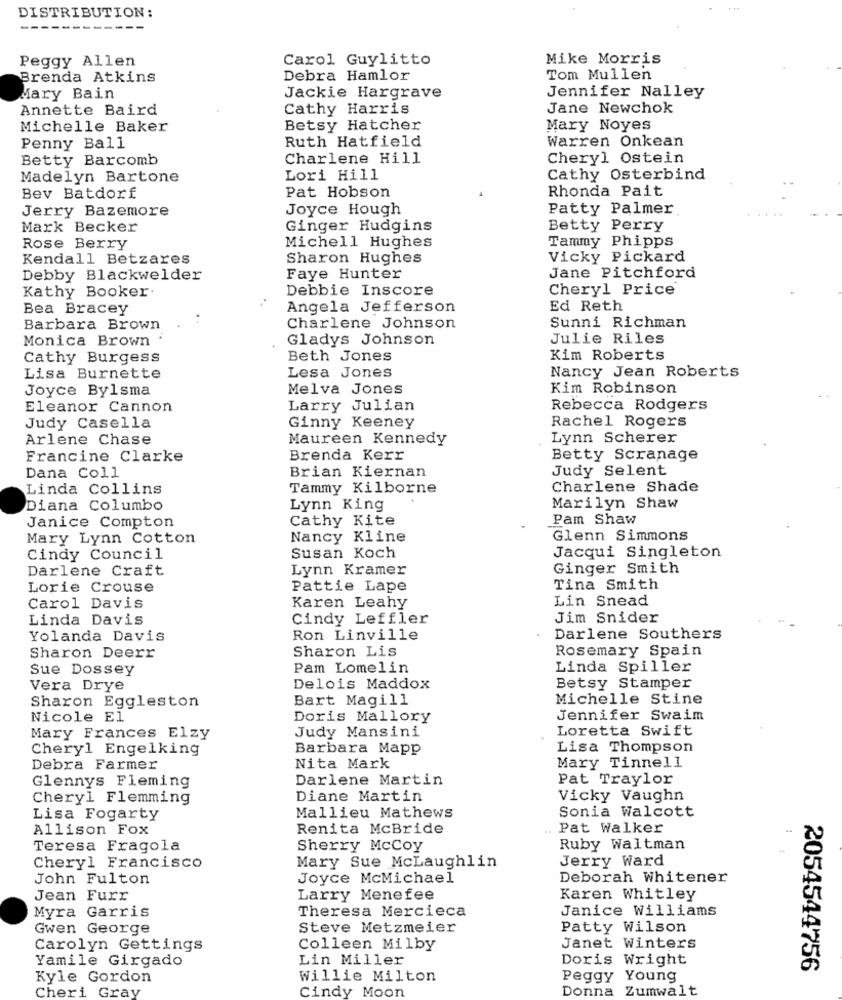
DISTRIBUTION:
-------
Peggy Allen
Carol Guylitto
Mike Morris
Brenda Atkins
Debra Hamlor
Tom Mullen
Jennifer Nalley
Mary Bain
Jackie Hargrave
Annette Baird
Cathy Harris
Jane Newchok
Michelle Baker
Betsy Hatcher
Mary Noyes
Ruth Hatfield
Penny Ball
Warren Onkean
Betty Barcomb
Charlene Hill
Cheryl Ostein
Madelyn Bartone
Lori Hill
Cathy Osterbind
Pat Hobson
Rhonda Pait
Bev Batdorf
Jerry Bazemore
Joyce Hough
Patty Palmer.
Mark Becker
Ginger Hudgins
Betty Perry
Michell Hughes
Tammy Phipps
Rose Berry
Kendall Betzares
Sharon Hughes
Vicky Pickard
Jane Pitchford
Debby Blackwelder
Faye Hunter
Kathy Booker.
Debbie Inscore
Cheryl Price
Bea Bracey
Angela Jefferson
Ed Reth
..
Barbara Brown
Charlene Johnson
Sunni Richman
Monica Brown
Gladys Johnson
Julie Riles
Cathy Burgess
Beth Jones
Kim Roberts
Lesa Jones
Nancy Jean Roberts
Lisa Burnette
Joyce Bylsma
Melva Jones
Kim Robinson
Eleanor Cannon
Larry Julian
Rebecca Rodgers
Rachel Rogers
Judy Casella
Ginny Keeney
Arlene Chase
Maureen Kennedy
Lynn Scherer
Francine Clarke
Brenda Kerr
Betty Scranage
Brian Kiernan
Judy Selent
Dana Coll
Linda Collins
Tammy Kilborne
Charlene Shade
Diana Columbo
Lynn King
Marilyn Shaw
Cathy Kite
Pam Shaw
Janice Compton
Mary Lynn Cotton
Nancy Kline
Glenn Simmons
Cindy Council
Susan Koch
Jacqui Singleton
Darlene Craft
Lynn Kramer
Ginger Smith
Lorie Crouse
Pattie Lape
Tina Smith
Lin Snead
Carol Davis
Karen Leahy
Linda Davis
Cindy Leffler
Jim Snider
Yolanda Davis
Ron Linville
Darlene Southers
Sharon Lis
Rosemary Spain
Sharon Deerr
Sue Dossey
Pam Lomelin
Linda Spiller
Vera Drye
Delois Maddox
Betsy Stamper
Sharon Eggleston
Bart Magill
Michelle Stine
Nicole El
Doris Mallory
Jennifer Swaim
Judy Mansini
Loretta Swift
Mary Frances Elzy
Cheryl Engelking
Barbara Mapp
Lisa Thompson
Mary Tinnell
Debra Farmer
Nita Mark
Glennys Fleming
Darlene Martin
Pat Traylor
Cheryl Flemming
Diane Martin
Vicky Vaughn
Sonia Walcott
Lisa Fogarty
Mallieu Mathews
Allison Fox
Renita McBride
Pat Walker
Teresa Fragola
Sherry McCoy
Ruby Waltman
Jerry Ward
Cheryl Francisco
Mary Sue McLaughlin
John Fulton
Joyce McMichael
Deborah Whitener
Jean Furr
Larry Menefee
Karen Whitley
Myra Garris
Theresa Mercieca
Janice Williams
Gwen George
Steve Metzmeier
Patty Wilson
Carolyn Gettings
Colleen Milby
Janet Winters
Yamile Girgado
Lin Miller
Doris Wright
2054544756
Kyle Gordon
Willie Milton
Peggy Young
Cheri Gray
Cindy Moon
Donna
Zumwalt